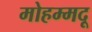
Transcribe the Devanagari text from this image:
मोहम्मदू